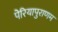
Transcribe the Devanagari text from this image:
पेरियापुराणम